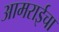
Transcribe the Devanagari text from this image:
आमराईचा